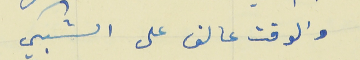
والوقت عالق على الشبكي